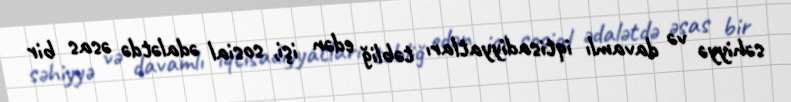
səhiyyə və davamlı iqtisadiyyatları təbliğ edən işi, sosial ədalətdə əsas bir